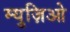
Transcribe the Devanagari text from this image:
म्युज़िओ